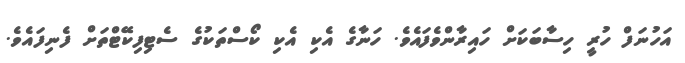
އަހުނަފް ހުރީ ހިސާބަކަށް ހައިރާންވެފައެވެ. ހަނާގެ އެކި އެކި ކޯސްތަކުގެ ސެޓިފިކޭޓްތަށް ފެނިފައެވެ.